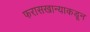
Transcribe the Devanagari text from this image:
फरासखान्याकडून